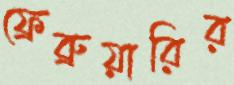
ফ্রেব্রুয়ারির